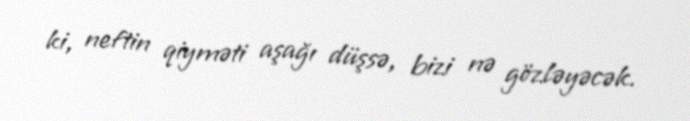
ki, neftin qiyməti aşağı düşsə, bizi nə gözləyəcək.